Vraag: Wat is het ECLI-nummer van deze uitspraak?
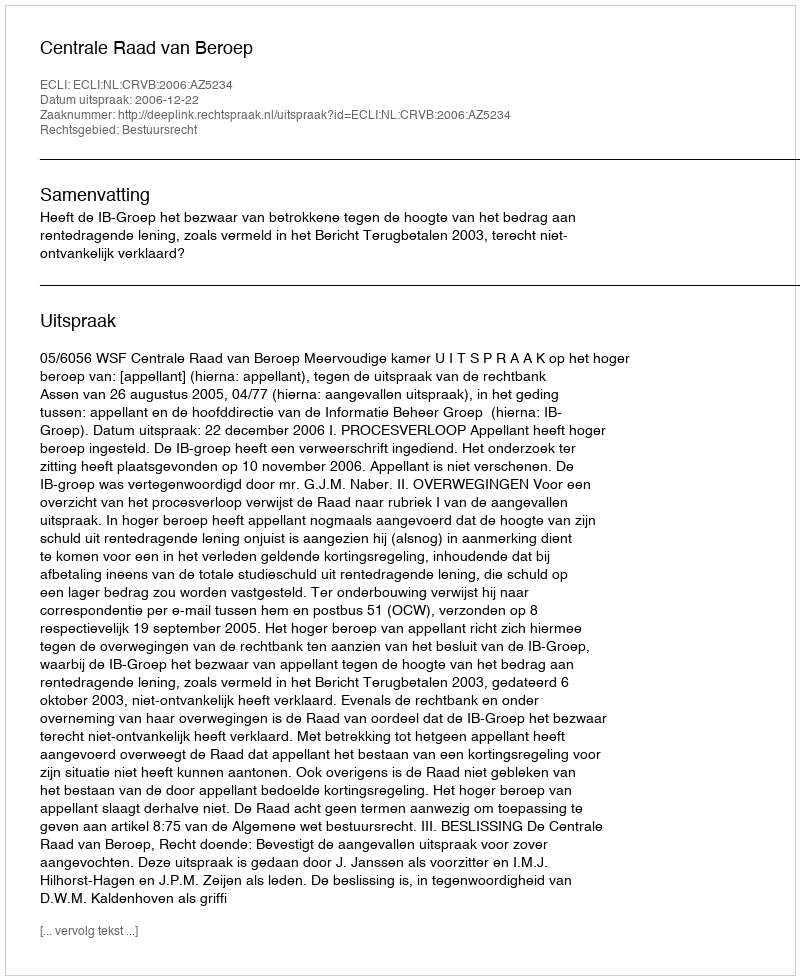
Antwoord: ECLI:NL:CRVB:2006:AZ5234